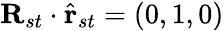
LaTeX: \mathbf{R}_{st}\cdot\hat{\mathbf{r}}_{st}=(0,1,0)